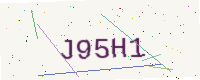
Text: J95H1